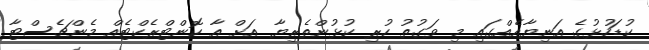
ކުޑަހުޅުގެ އަނިޔާއެއްގައި މި ވަގުތު ހުރި ކުޅުންތެރިޔާ އަށް އާ ކޮންޓްރެކްޓެއް މެންޗެސްޓާ